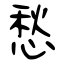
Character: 愁